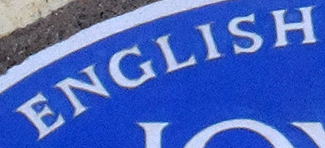
ENGLISH